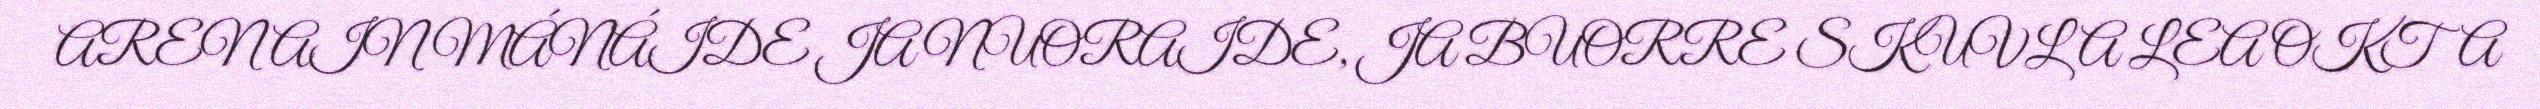
ARENAIN MÁNÁIDE JA NUORAIDE, JA BUORRE SKUVLA LEA OKTA